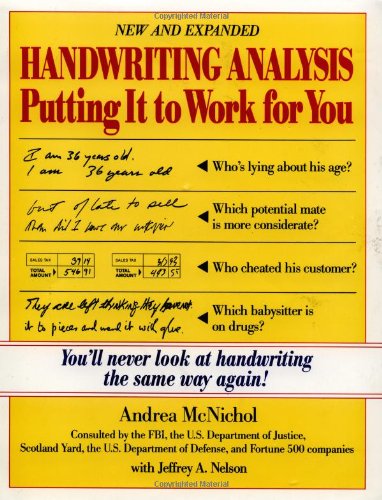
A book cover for Handwriting Analysis : Putting It to Work for You; Andrea McNichol; Self-Help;